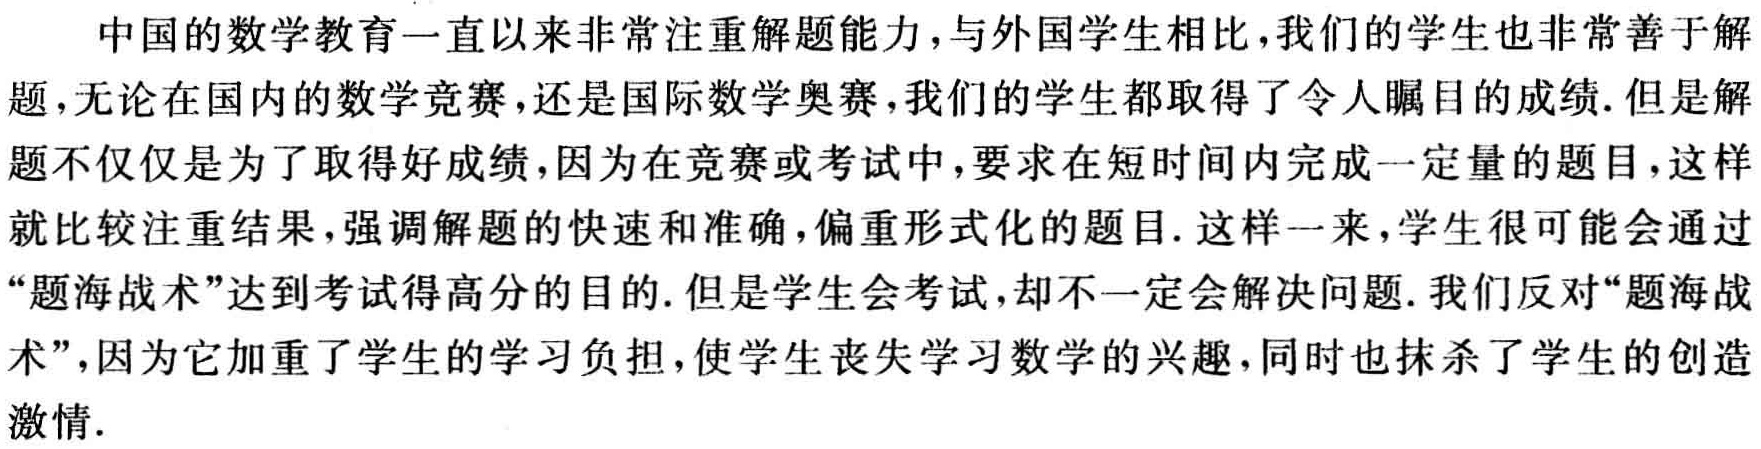
中国的数学教育一直以来非常注重解题能力，与外国学生相比，我们的学生也非常善于解题，无论在国内的数学竞赛，还是国际数学奥赛，我们的学生都取得了令人瞩目的成绩. 但是解题不仅仅是为了取得好成绩，因为在竞赛或考试中，要求在短时间内完成一定量的题目，这样就比较注重结果，强调解题的快速和准确，偏重形式化的题目. 这样一来，学生很可能会通过“题海战术”达到考试得高分的目的. 但是学生会考试，却不一定会解决问题. 我们反对“题海战术”，因为它加重了学生的学习负担，使学生丧失学习数学的兴趣，同时也抹杀了学生的创造激情.